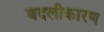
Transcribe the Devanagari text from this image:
बदलीकारण